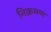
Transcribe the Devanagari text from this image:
निक्रमण